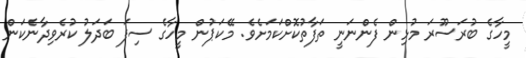
މީހާގެ ބުރަސޫރަ މުޅިން ފެންނަނީ ތަފާތުކޮށްކަމަށެވެ. މޭކަޕުން މީހާގެ ސިފަ ބަދަލު ކުރެވިދާނެކަން